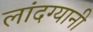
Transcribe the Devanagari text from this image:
लांदग्यानी